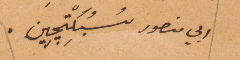
ابي منصور سبكتجين